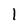
Character: 1